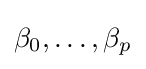
\beta _{0},\dots ,\beta _{p}